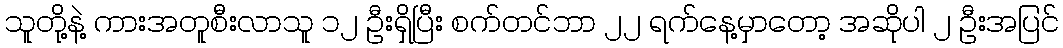
သူတို့နဲ့ ကားအတူစီးလာသူ ၁၂ ဦးရှိပြီး စက်တင်ဘာ ၂၂ ရက်နေ့မှာတော့ အဆိုပါ ၂ ဦးအပြင်